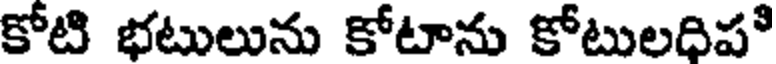
కోటి భటులును కోటాను కోటులధిపి